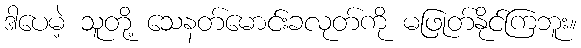
ဒါပေမဲ့ သူတို့ သေနတ်မောင်းခလုတ်ကို မဖြုတ်နိုင်ကြဘူး။